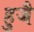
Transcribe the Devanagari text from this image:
हुजै